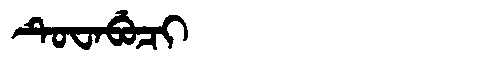
Manchu: ᡨᡠᠸᠠᠪᡠᠴᡳ
Romanization: TUWABUCI